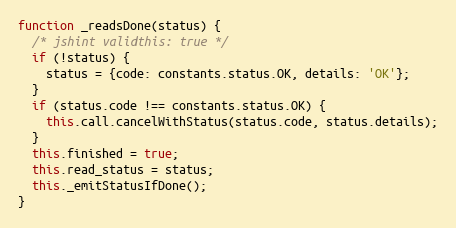
Language: JavaScript
function _readsDone(status) {
  /* jshint validthis: true */
  if (!status) {
    status = {code: constants.status.OK, details: 'OK'};
  }
  if (status.code !== constants.status.OK) {
    this.call.cancelWithStatus(status.code, status.details);
  }
  this.finished = true;
  this.read_status = status;
  this._emitStatusIfDone();
}